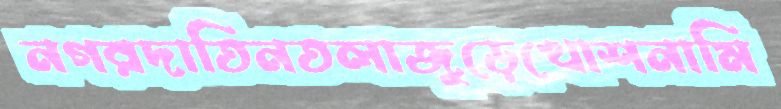
নগরদাতিনতলাজুড়েখোশনামি